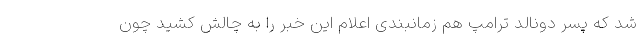
شد که پسر دونالد ترامپ هم زمانبندی اعلام این خبر را به چالش کشید چون